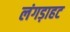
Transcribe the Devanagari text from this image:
लंगड़ाहट